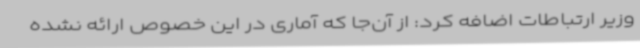
وزیر ارتباطات اضافه کرد: از آن‌جا که آماری در این خصوص ارائه نشده